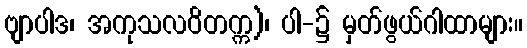
ဗျာပါဒ၊ အကုသလဝိတက္က)၊ ပါ-၌ မှတ်ဖွယ်ဂါထာများ။